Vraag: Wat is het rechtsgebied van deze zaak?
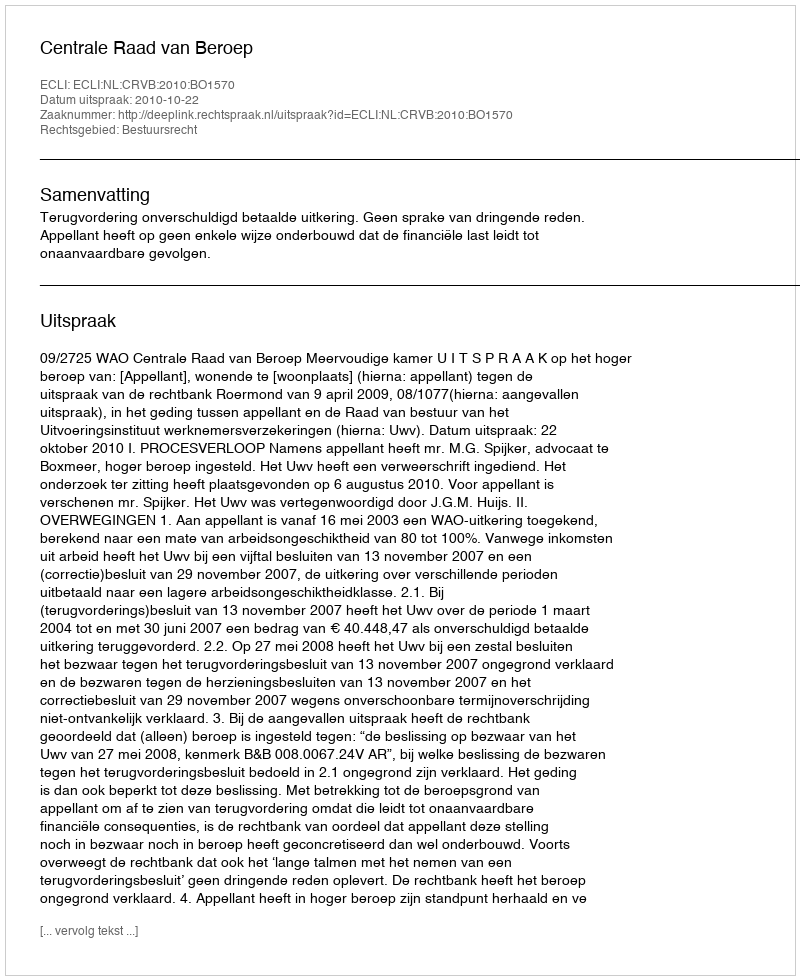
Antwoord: Bestuursrecht